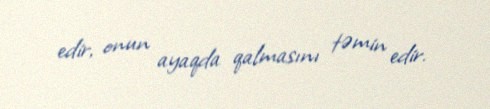
edir, onun ayaqda qalmasını təmin edir.